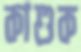
কাশুক